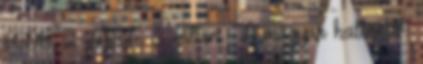
MNB, 2. APEH, 3. Hilton . A magyar hallgatók